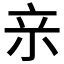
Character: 𭕉